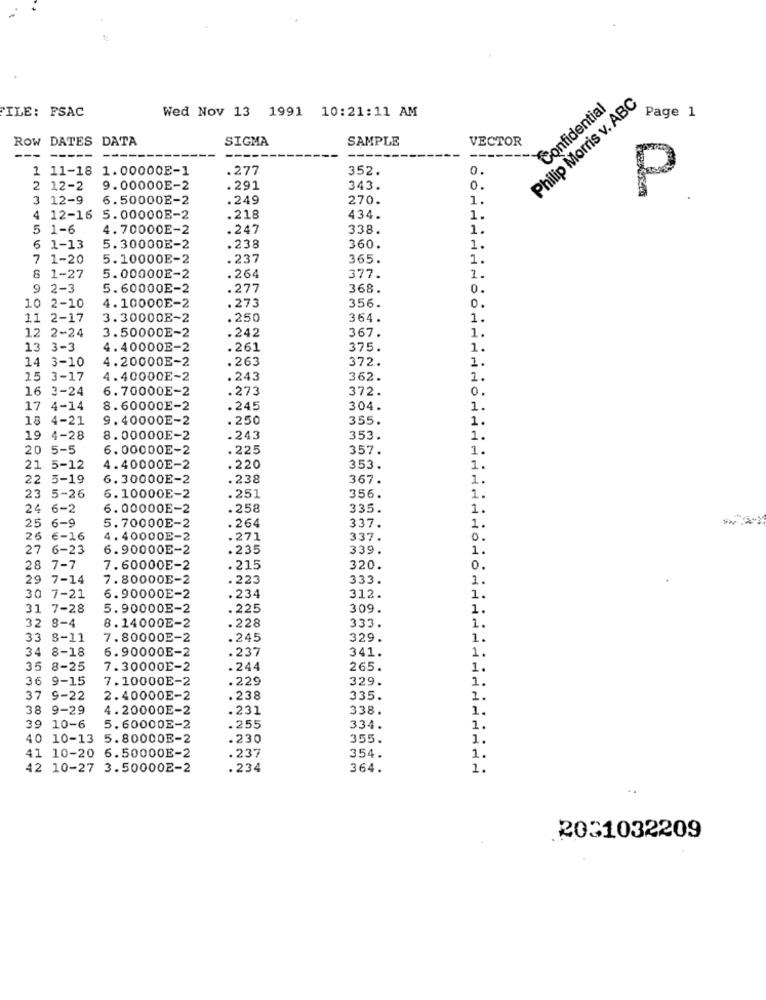
Philip Morris v. ABC
Confidential
ILE: FSAC
Wed Nov 13 1991 10:21:11 AM
Page 1
ROW DATES DATA
SIGMA
SAMPLE
VECTOR
--
---
1 11-18
1.00000E-1
.277
352.
0.
2 12-2
9.00000E-2
.291
343.
0.
P
12-9
6.50000E-2
.249
270.
1.
12-16
5.00000E-2
.218
434.
1.
5 1-6
4.70000E-2
.247
338.
1.
6 1-13
5.30000E-2
.238
360.
1.
1-20
5.10000E-2
.237
365.
1.
377.
1-27
5.00000E-2
.264
1.
9 2-3
5.60000E-2
.277
368.
0.
.273
0.
10 2-10
4.10000E-2
356.
11 2-17
3.30000E~2
.250
364.
1.
12 2-24
3.50000E-2
.242
367.
1.
13 3-3
4.40000E-2
.261
375.
1.
4.20000E-2
.263
372.
1.
14 3-10
15 3-17
4.40000E-2
.243
362.
2.
16 3-24
6.70000E-2
.273
372.
0.
17 4-14
8.60000E-2
.245
304.
1.
18 4-21
9.40000E-2
. 250
355.
1.
19 4-28
8.00000E-2
.243
353.
1.
20 5-5
6.00000E-2
.225
357.
1.
21 5-12
4.40000E-2
.220
353.
1.
22 5-19
6.30000E-2
.238
367.
1.
1.
23 5-26
6.10000E-2
.251
356.
24 6-2
6.00000E-2
.258
335.
1.
337.
25 6-9
5.70000E-2
.264
1.
26 €-16
4.40000E-2
.271
337.
0.
27 6-23
6.90000E-2
.235
339.
1.
28 7-7
7.60000E-2
.215
320.
0.
29 7-14
7. 80000E-2
. 223
333.
1.
312.
30 7-21
6.90000E-2
.234
1.
31 7-28
5.90000E-2
.225
309.
1.
1.
32 8-4
8.14000E-2
.228
333.
33 8-11
7.80000E-2
.245
329.
1.
34 8-18
6.90000E-2
.237
341.
1.
35 8-25
7.30000E-2
.244
265.
1.
36 9-15
7.10000E-2
.229
329.
1.
37 9-22
2.40000E-2
.238
335.
1.
38 9-29
4.20000E-2
.231
338.
1.
39 10-6
5.60000E-2
.255
334.
1.
40 10-13 5.80000E-2
.230
355.
1.
41 10-20 6.50000E-2
.237
354.
1.
42 10-27 3.50000E-2
.234
364.
1.
..
2031032209